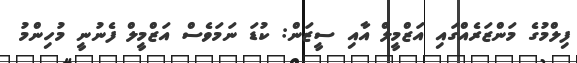
ފިލްމުގެ މަންޒަރެއްގައި އަޒްމީލް އާއި ސީޒަން: ކުޑަ ނަމަވެސް އަޒްމީލް ފެނުނީ މުހިންމު